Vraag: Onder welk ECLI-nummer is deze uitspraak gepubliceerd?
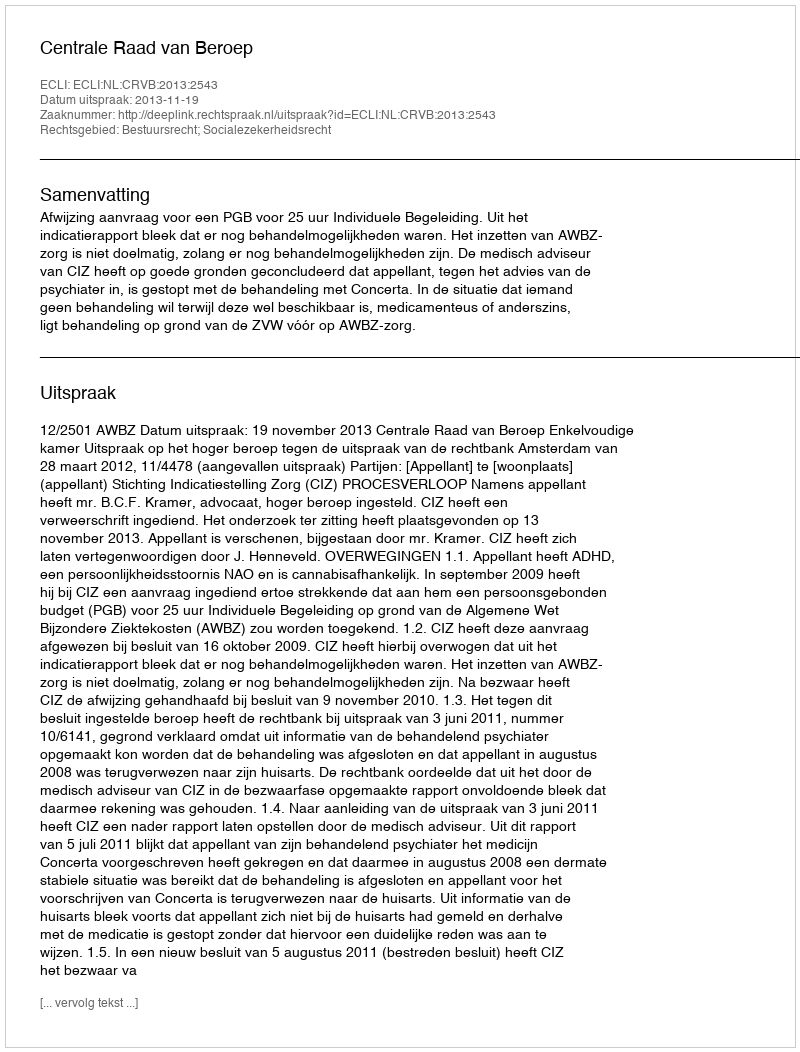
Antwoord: ECLI:NL:CRVB:2013:2543